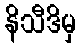
နိသီဒိမှ